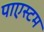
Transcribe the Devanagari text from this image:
पाएस्टम